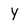
Character: Y